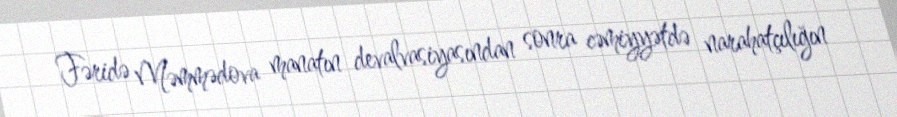
Fəridə Məmmədova manatın devalvasiyasından sonra cəmiyyətdə narahatçılığın